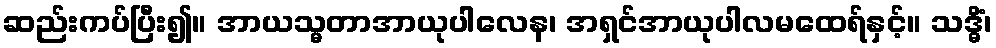
ဆည်းကပ်ပြီး၍။ အာယသ္မတာအာယုပါလေန၊ အရှင်အာယုပါလမထေရ်နှင့်။ သဒ္ဓိံ၊